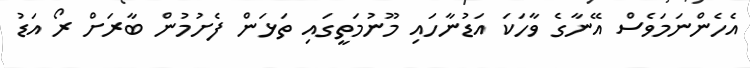
އެހެންނަމަވެސް އޭނާގެ ވާހަކަ އަޑުނާހައި މޫނުމަތީގައި ތަޅަން ފެށުމުން ބާރަށް ރޯ އަޑު